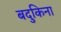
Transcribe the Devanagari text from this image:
बदुकिना